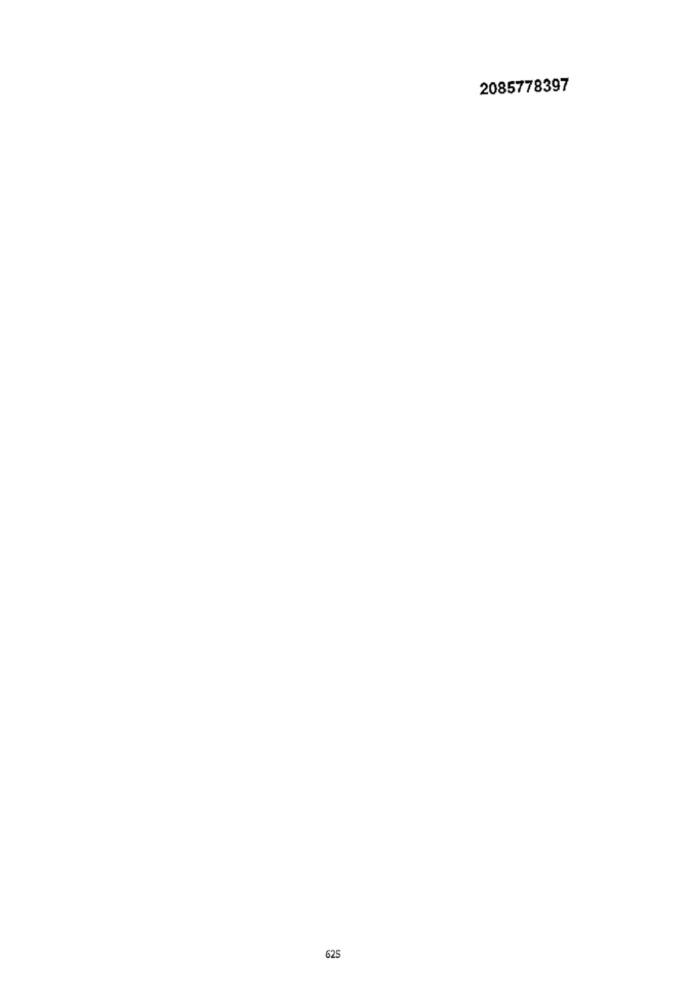
2085778397
625